Leaving Certificate Examination, 1912
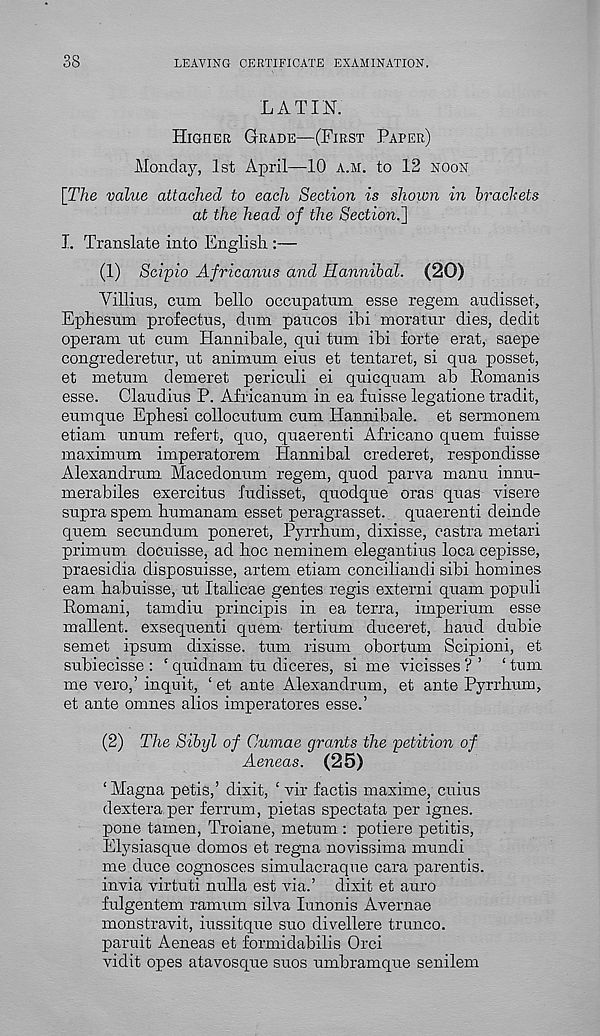
LEAVING CERTIFICATE EXAMINATION,
LATIN.
Higher Grade—(First Paper)
Monday, 1st April—-10 a.m. to 12 noon
[The value attached to each Section is shown in hrachets
at the head of the Section.}
I. Translate into English :—
(1) Scipio Africanus and Hannibal. (20)
Villius, cum hello occupatum esse regem audisset,
Ephesum profectus, dum paucos ibi moratur dies, dedit
operam ut cum Hannibale, qui turn ibi forte erat, saepe
congrederetur, ut animum eius et tentaret, si qua posset,
et metum demeret periculi ei quicquam ab Romanis
esse. Claudius P. Africanum in ea fulsse legatione tradit,
eumque Ephesi collocutum cum Hannibale. et sermonem
etiam unum refert, quo, quaerenti Africano quern fuisse
maximum imperatorem Hannibal crederet, respondisse
Alexandrum Macedonum regem, quod parva manu innu-
merabiles exercitus fudisset, quodque oras quas visere
supra spem humanam esset peragrasset. quaerenti deinde
quern secundum poneret, Pyrrhum, dixisse, castra metari
primum docuisse, ad hoc neminem elegantius loca cepisse,
praesidia disposuisse, artem etiam conciliandi sibi homines
earn habuisse, ut Italicae gentes regis extern! quam populi
Romani, tamdiu principis in ea terra, imperium esse
mallent. exsequenti quern- tertium duceret, hand dubie
semet ipsum dixisse. turn risum obortum Scipioni, et
subiecisse : ‘ quidnam tu diceres, si me vicisses ? ’ ‘ turn
me vero,’ inquit, ‘ et ante Alexandrum, et ante Pyrrhum,
et ante omnes alios imperatores esse.’
(2) The Sibyl of Cumae grants the petition of
Aeneas. (25)
‘ Magna petis,’ dixit, ‘ vir factis maxime, cuius
dextera per ferrum, pietas spectata per ignes.
pone tamen, Troiane, metum : potiere petitis,
Elysiasque domos et regna novissima mundi
me duce cognosces simulacraque cara parentis,
invia virtuti nulla est via.’ dixit et auro
fulgentem ramum silva lunonis Avernae
monstravit, iussitque suo divellere trunco.
paruit Aeneas et formidabilis Orci
vidit opes atavosque suos umbramque senilem